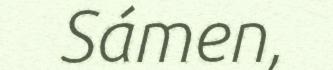
Sámen,